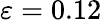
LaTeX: \varepsilon=0.12